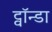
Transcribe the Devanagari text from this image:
ट्वॉन्डा